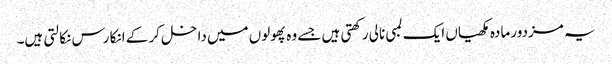
یہ مزدور مادہ مکھیاں ایک لمبی نالی رکھتی ہیں جسے وہ پھولوں میں داخل کر کے انکا رس نکالتی ہیں۔